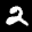
Label: 2